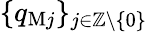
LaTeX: \{ q_{\mathrm{M}j}\} _{j\in\mathbb{Z}\backslash\{ 0\} }